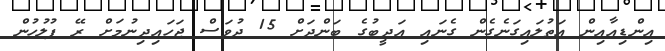
އިންޑިއާއިން އަތުލައިގަނެގެން ގެނައި އަދީބުގެ ބަންދަށް 15 ދުވަސް ޖަހައިދިނުމަށް ރޭ ފުލުހުން